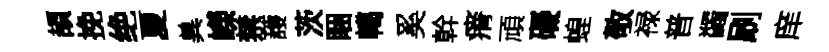
頡挽绝夏兾嶸禁䕶茨睏轕奚幹瘠頑礙蝗敬禄普蠲刷庠